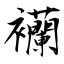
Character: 襽